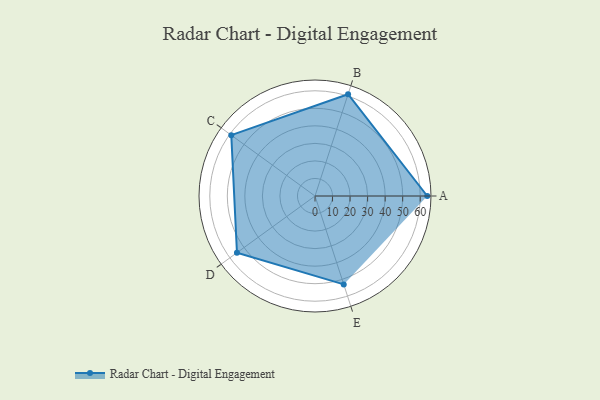
{"axis": {"x": "Skill", "y": "Score"}, "legend": ["Profile"], "data": [{"x": "A", "y": 64.0, "type": "Profile"}, {"x": "B", "y": 61.0, "type": "Profile"}, {"x": "C", "y": 59.0, "type": "Profile"}, {"x": "D", "y": 55.0, "type": "Profile"}, {"x": "E", "y": 53.0, "type": "Profile"}]}